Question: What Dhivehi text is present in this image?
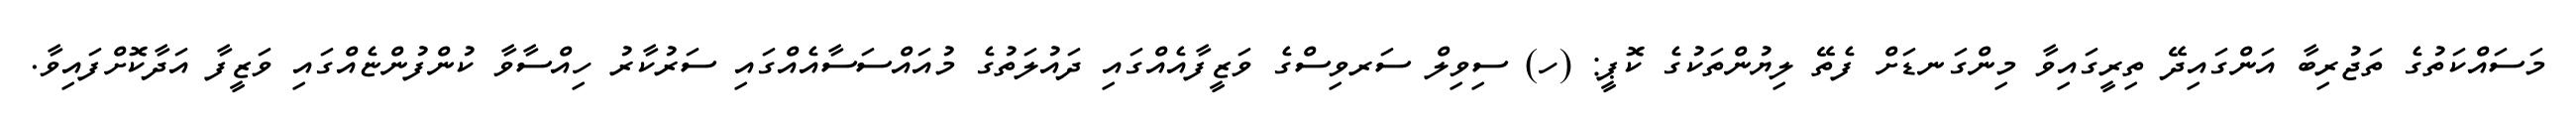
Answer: މަސައްކަތުގެ ތަޖުރިބާ އަންގައިދޭ ތިރީގައިވާ މިންގަނޑަށް ފެތޭ ލިޔުންތަކުގެ ކޮޕީ: (ހ) ސިވިލް ސަރވިސްގެ ވަޒީފާއެއްގައި ދައުލަތުގެ މުއައްސަސާއެއްގައި ސަރުކާރު ހިއްސާވާ ކުންފުންޏެއްގައި ވަޒީފާ އަދާކޮށްފައިވާ.